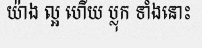
យ៉ាង ល្អ ហើយ ប្លុក ទាំងនោះ